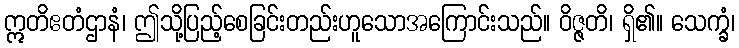
ဣတိဧတံဌာနံ၊ ဤသို့ပြည့်စေခြင်းတည်းဟူသောအကြောင်းသည်။ ဝိဇ္ဇတိ၊ ရှိ၏။ သေက္ခံ၊